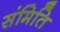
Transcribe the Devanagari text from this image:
संमिति